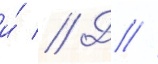
и́ // Д //